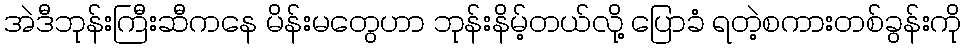
အဲဒီဘုန်းကြီးဆီကနေ မိန်းမတွေဟာ ဘုန်းနိမ့်တယ်လို့ ပြောခံ ရတဲ့စကားတစ်ခွန်းကို